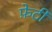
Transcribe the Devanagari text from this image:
फ़ेटी